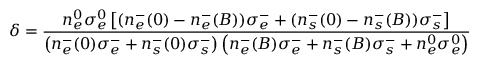
\delta = \frac { n _ { e } ^ { 0 } \sigma _ { e } ^ { 0 } \left[ ( n _ { e } ^ { - } ( 0 ) - n _ { e } ^ { - } ( B ) ) \sigma _ { e } ^ { - } + ( n _ { s } ^ { - } ( 0 ) - n _ { s } ^ { - } ( B ) ) \sigma _ { s } ^ { - } \right] } { \left( n _ { e } ^ { - } ( 0 ) \sigma _ { e } ^ { - } + n _ { s } ^ { - } ( 0 ) \sigma _ { s } ^ { - } \right) \left( n _ { e } ^ { - } ( B ) \sigma _ { e } ^ { - } + n _ { s } ^ { - } ( B ) \sigma _ { s } ^ { - } + n _ { e } ^ { 0 } \sigma _ { e } ^ { 0 } \right) }